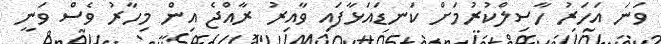
ވަނަ އަހަރު ހާސިލްކުރުމަށް ކަނޑައަޅާފައި ވާއިރު ރާއްޖެ އިން މިހާރު ވެސް ވަނީ